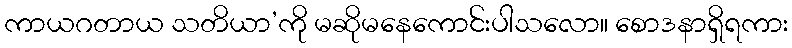
ကာယဂတာယ သတိယာ’ကို မဆိုမနေကောင်းပါသလော။ စောဒနာရှိရကား